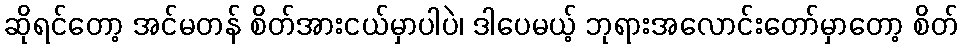
ဆိုရင်တော့ အင်မတန် စိတ်အားငယ်မှာပါပဲ၊ ဒါပေမယ့် ဘုရားအလောင်းတော်မှာတော့ စိတ်